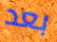
بعد